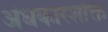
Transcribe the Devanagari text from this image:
अंधकारशक्ति